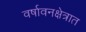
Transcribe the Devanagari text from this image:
वर्षावनक्षेत्रात